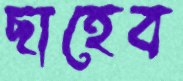
ছাহেব